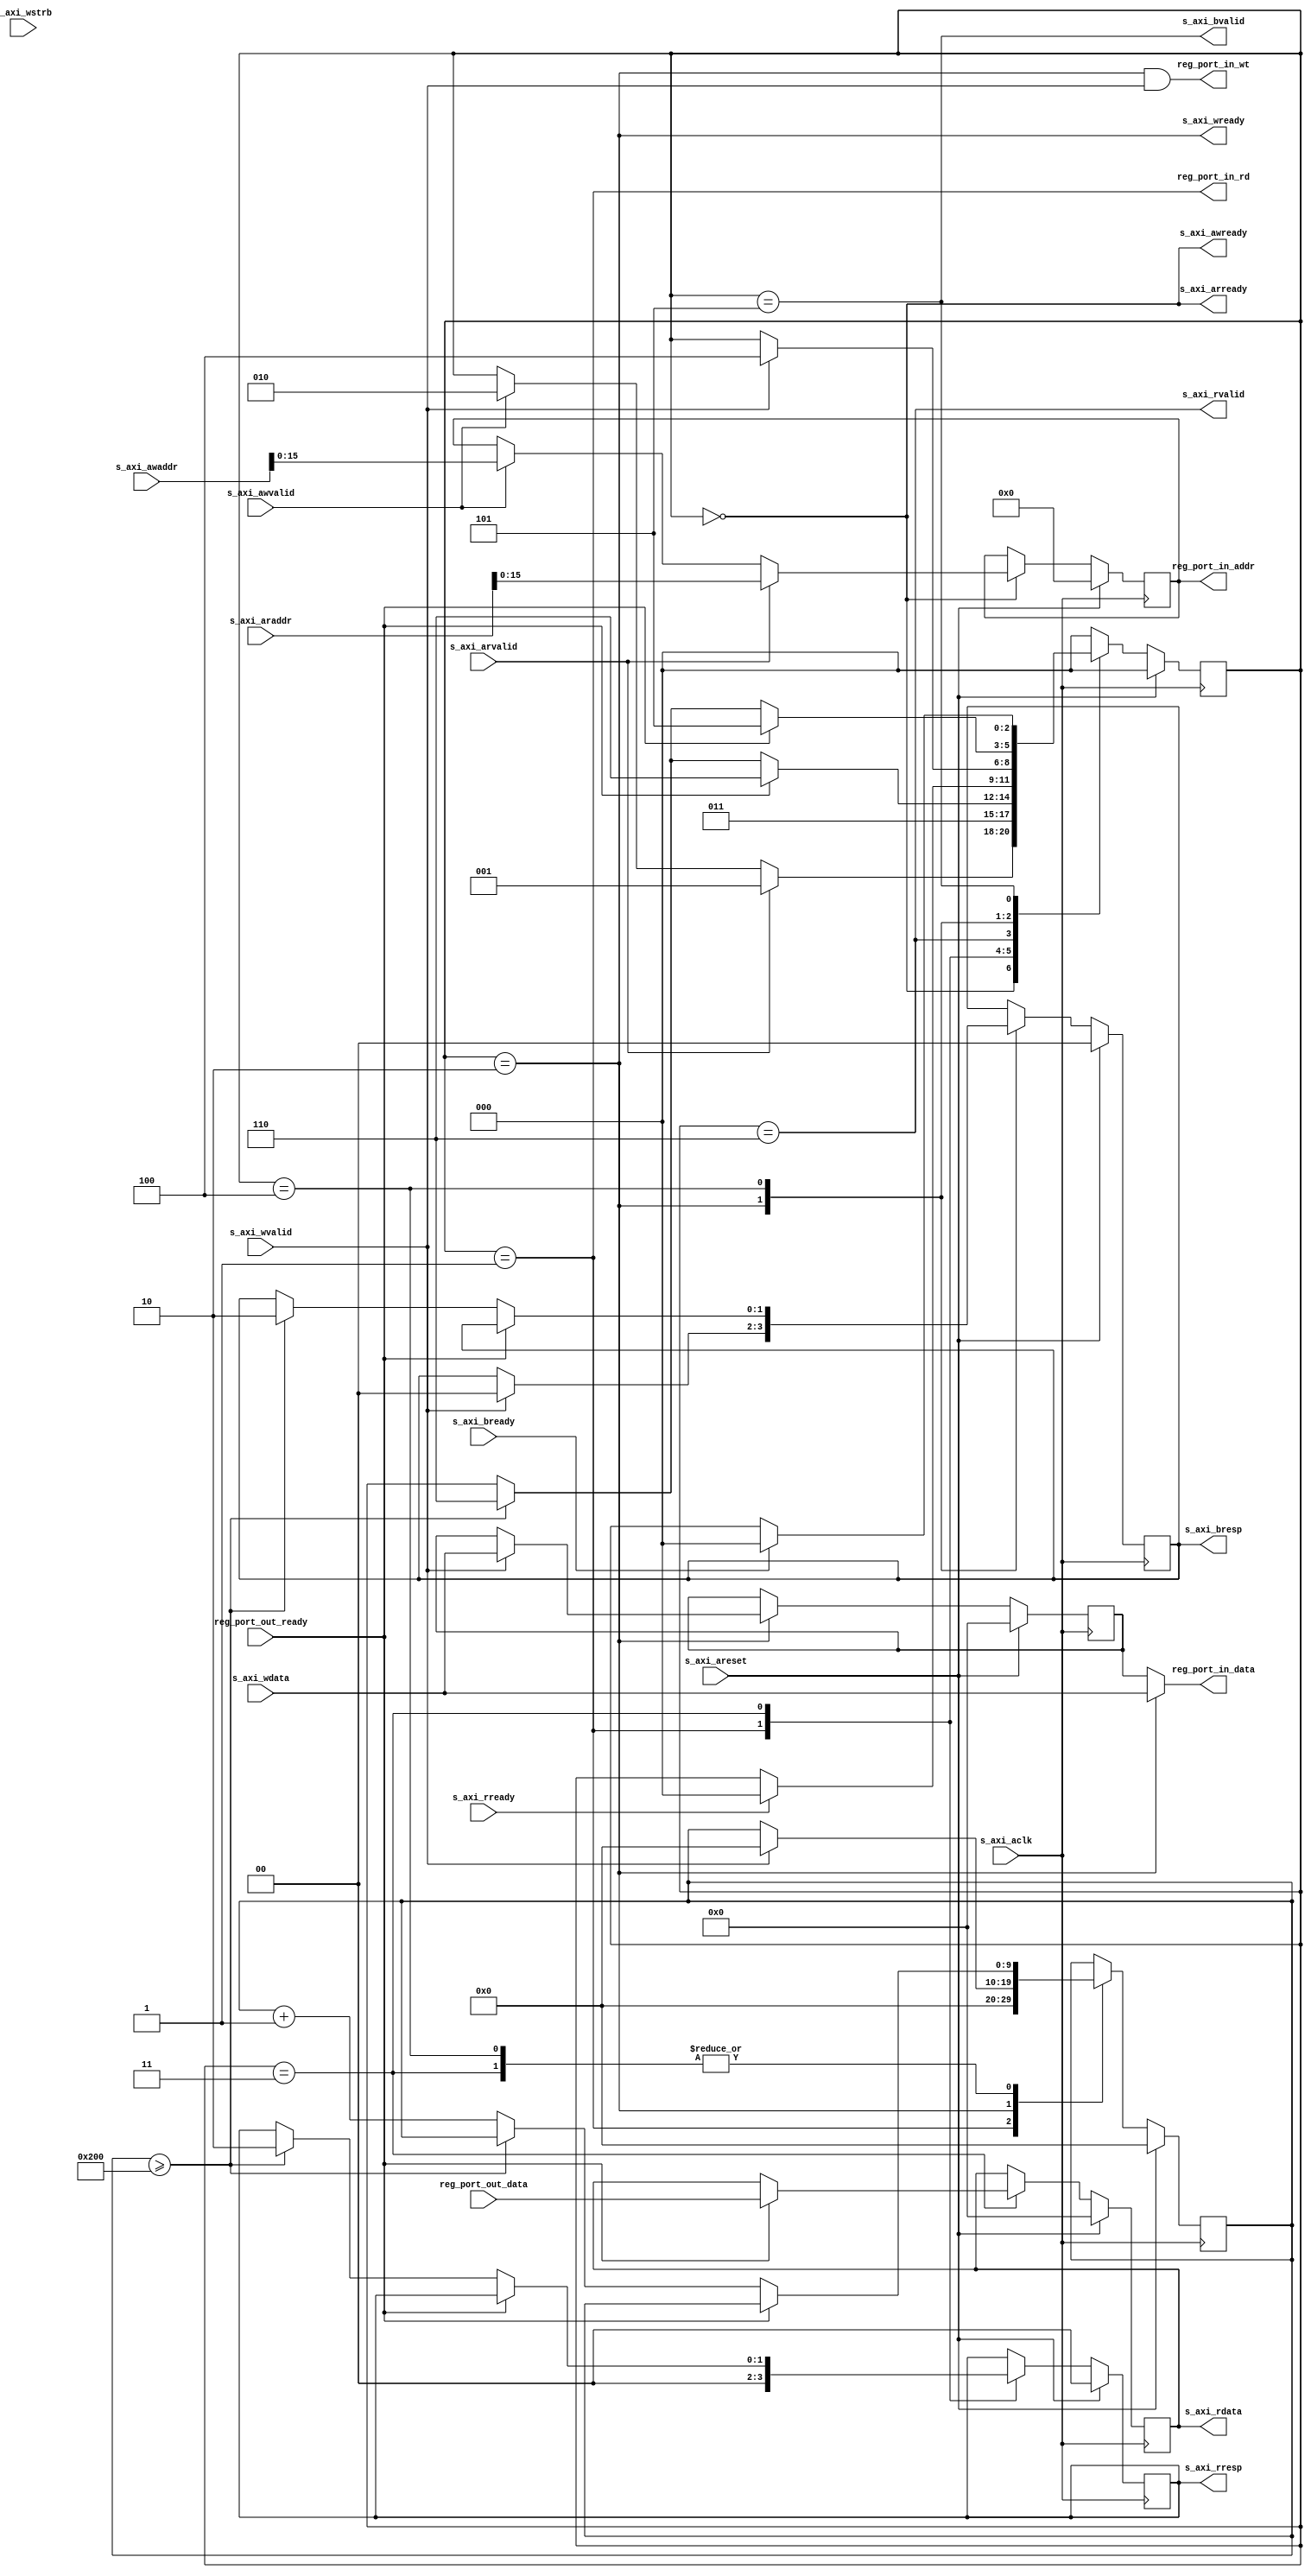
//
// Copyright 2016 Ettus Research
// Copyright 2018 Ettus Research, a National Instruments Company
//
// SPDX-License-Identifier: LGPL-3.0-or-later
//
// AXI4lite to NI Register Port interface
//

module axil_to_ni_regport #(
  parameter RP_AWIDTH = 16,
  parameter RP_DWIDTH = 32,
  parameter TIMEOUT   = 512
)(
  input                  s_axi_aclk,
  input                  s_axi_areset,

  // AXI4lite interface
  input [31:0]           s_axi_awaddr,
  input                  s_axi_awvalid,
  output                 s_axi_awready,
  input [31:0]           s_axi_wdata,
  input [3:0]            s_axi_wstrb,
  input                  s_axi_wvalid,
  output                 s_axi_wready,
  output [1:0]           s_axi_bresp,
  output                 s_axi_bvalid,
  input                  s_axi_bready,
  input [31:0]           s_axi_araddr,
  input                  s_axi_arvalid,
  output                 s_axi_arready,
  output [31:0]          s_axi_rdata,
  output [1:0]           s_axi_rresp,
  output                 s_axi_rvalid,
  input                  s_axi_rready,

  // RegPort interface, the out vs in
  // is seen from the slave device
  // hooked up to the regport
  output                 reg_port_in_rd,
  output                 reg_port_in_wt,
  output [RP_AWIDTH-1:0] reg_port_in_addr,
  output [RP_DWIDTH-1:0] reg_port_in_data,
  input  [RP_DWIDTH-1:0] reg_port_out_data,
  input                  reg_port_out_ready
);

  localparam IDLE              = 3'd0;
  localparam READ_INIT         = 3'd1;
  localparam WRITE_INIT        = 3'd2;
  localparam READ_IN_PROGRESS  = 3'd3;
  localparam WRITE_IN_PROGRESS = 3'd4;
  localparam WRITE_DONE        = 3'd5;
  localparam READ_DONE         = 3'd6;

  reg [RP_AWIDTH-1:0] addr;
  reg [RP_DWIDTH-1:0] rb_data;
  reg [RP_DWIDTH-1:0] wr_data;
  reg [2:0] state;
  reg [9:0] count;
  reg [1:0] rresp;
  reg [1:0] bresp;

  always @ (posedge s_axi_aclk) begin
    if (s_axi_areset) begin
      state   <= IDLE;
      addr    <= 'd0;
      rb_data <= 'd0;
      wr_data <= 'd0;

      count    <= 10'd0;
      rresp    <= 2'd0;
      bresp    <= 2'd0;
    end
    else case (state)

    IDLE: begin
      if (s_axi_arvalid) begin
        state <= READ_INIT;
        addr  <= s_axi_araddr[RP_AWIDTH-1:0];
      end
      else if (s_axi_awvalid) begin
        state <= WRITE_INIT;
        addr  <= s_axi_awaddr[RP_AWIDTH-1:0];
      end
    end

    READ_INIT: begin
      state <= READ_IN_PROGRESS;
      count <= 10'd0;
      rresp <= 2'b00;
    end

    READ_IN_PROGRESS: begin
      if (reg_port_out_ready) begin
        rb_data <= reg_port_out_data;
        state   <= READ_DONE;
      end
      else if (count >= TIMEOUT) begin
        state   <= READ_DONE;
        rresp   <= 2'b10;
      end
      else begin
        count   <= count + 1'b1;
      end
    end

    READ_DONE: begin
      if (s_axi_rready) begin
        state <= IDLE;
      end
    end

    WRITE_INIT: begin
      if (s_axi_wvalid) begin
        wr_data <= s_axi_wdata[RP_DWIDTH-1:0];
        state   <= WRITE_IN_PROGRESS;
        count <= 10'd0;
        bresp <= 2'b00;
      end
    end

    WRITE_IN_PROGRESS: begin
      if (reg_port_out_ready) begin
        state <= WRITE_DONE;
      end
      else if (count >= TIMEOUT) begin
        state   <= READ_DONE;
        bresp   <= 2'b10;
      end
      else begin
        count   <= count + 1'b1;
      end
    end

    WRITE_DONE: begin
      if (s_axi_bready)
        state <= IDLE;
    end

    default: begin
      state <= IDLE;
    end

    endcase
  end

  assign s_axi_awready = (state == IDLE);
  assign s_axi_wready  = (state == WRITE_INIT);
  assign s_axi_bvalid  = (state == WRITE_DONE);
  assign s_axi_bresp   = bresp;

  assign s_axi_arready = (state == IDLE);
  assign s_axi_rdata   = rb_data;
  assign s_axi_rvalid  = (state == READ_DONE);
  assign s_axi_rresp   = rresp;

  assign reg_port_in_wt   = (state == WRITE_INIT) & s_axi_wvalid;
  assign reg_port_in_data = (state == WRITE_INIT) ? s_axi_wdata : wr_data;
  assign reg_port_in_addr = addr;

  assign reg_port_in_rd   = (state == READ_INIT);

endmodule